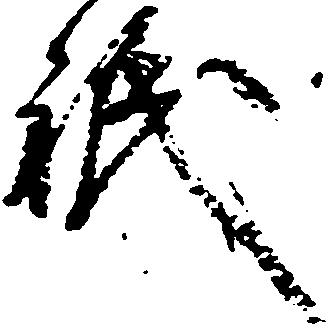
祇